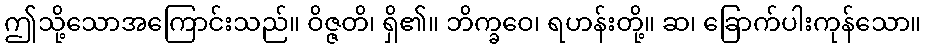
ဤသို့သောအကြောင်းသည်။ ဝိဇ္ဇတိ၊ ရှိ၏။ ဘိက္ခဝေ၊ ရဟန်းတို့။ ဆ၊ ခြောက်ပါးကုန်သော။